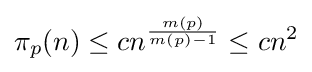
\pi _{p}(n)\leq cn^{\frac {m(p)}{m(p)-1}}\leq cn^{2}